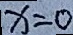
x = 0